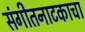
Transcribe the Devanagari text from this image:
संगीतनाटकाचा